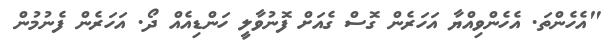
"އެހެންތަ. އެހެންވިއްޔާ އަހަރެން ގޮސް ގެއަށް ފޮނުވާލީ ހަންޑިއެއް ދޯ. އަހަރެން ފެނުމުން